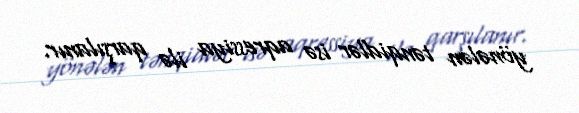
yönələn tənqidlər isə aqressiya ilə qarşılanır.